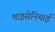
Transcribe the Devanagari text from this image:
माइसेनियाई